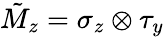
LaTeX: \tilde{M}_{z}=\sigma_{z}\otimes\tau_{y}